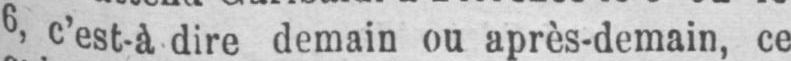
6 c’est-à dire demain ou après-demain, ce